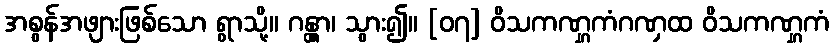
အစွန်အဖျားဖြစ်သော ရွာသို့။ ဂန္တွာ၊ သွား၍။ [၀၇] ဝိသကဏ္ဋကံဂဏှထ ဝိသကဏ္ဋကံ